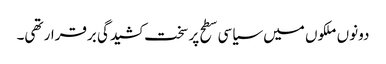
دونوں ملکوں میں سیاسی سطح پر سخت کشیدگی برقرار تھی۔